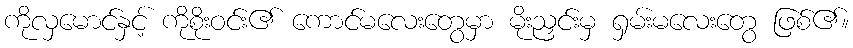
ကိုလှမောင်နှင့် ကိုစိုးဝင်း၏ ကောင်မလေးတွေမှာ မိုးညှင်းမှ ရှမ်းမလေးတွေ ဖြစ်၏။